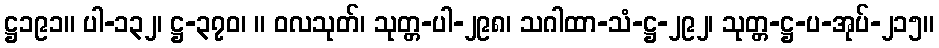
ဋ္ဌ၁၉၁။ ပါ-၁၃၂၊ ဋ္ဌ-၃၇၀၊ ။ ဝလသုတ်၊ သုတ္တ-ပါ-၂၉၈၊ သဂါထာ-သံ-ဋ္ဌ-၂၉၂၊ သုတ္တ-ဋ္ဌ-ပ-အုပ်-၂၁၅။